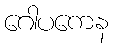
ဂေါပကေန